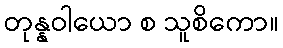
တုန္နဝါယော စ သူစိကော။